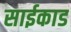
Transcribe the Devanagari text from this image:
साईकाड